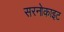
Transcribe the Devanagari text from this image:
सरनोकाइट